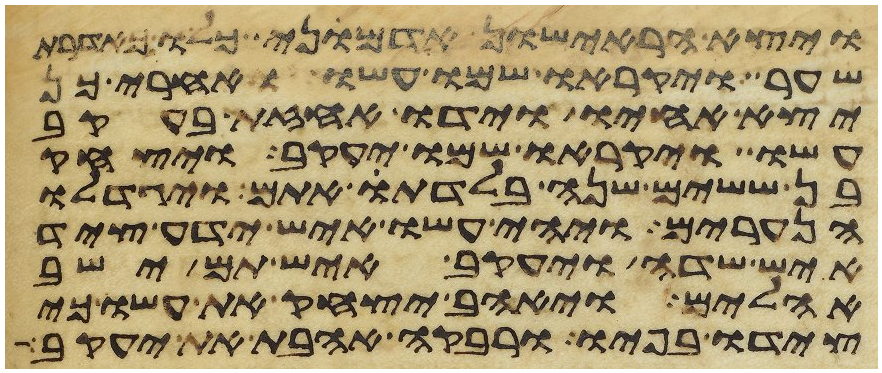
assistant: ויצא הראישון אדמוני כלו כאדרת
שער ויקראו שמו עשו ואחרי כן
יצא אחיו וידו אחזת בעקב
עשו ויקראו שמו יעקב ויצחק
בן ששים שנה בלדת אתם ויגדלו
הנערים ויהי עשו איש ידע ציד
איש שדה ויעקב איש תם ישב
אהלים ויאהב יצחק את עשו כי
צידו בפיו ורבקה אהבת את יעקב